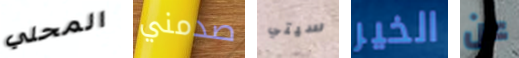
المحلي صدمني سيتي الخير عن